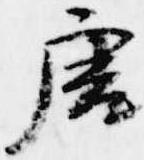
唐